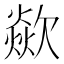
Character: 歘